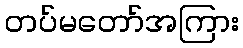
တပ်မတော်အကြား